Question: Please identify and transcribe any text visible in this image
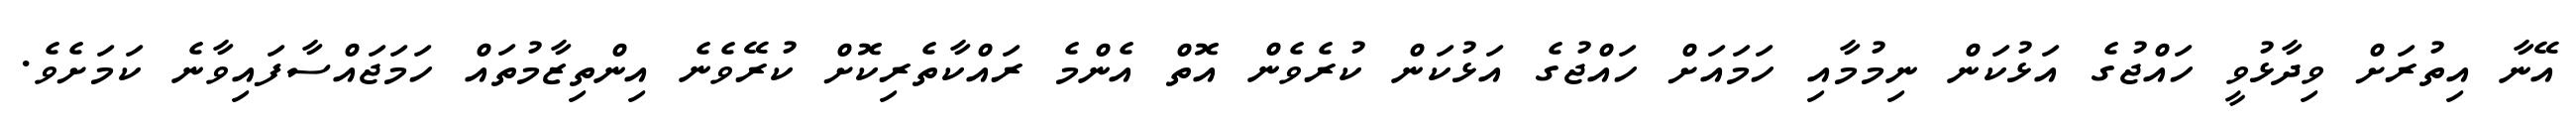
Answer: އޭނާ އިތުރަށް ވިދާޅުވީ ހައްޖުގެ އަޅުކަން ނިމުމާއި ހަމައަށް ހައްޖުގެ އަޅުކަން ކުރެވެން އޮތް އެންމެ ރައްކާތެރިކޮށް ކުރޭވެނެ އިންތިޒާމުތައް ހަމަޖައްސާފައިވާނެ ކަމަށެވެ.